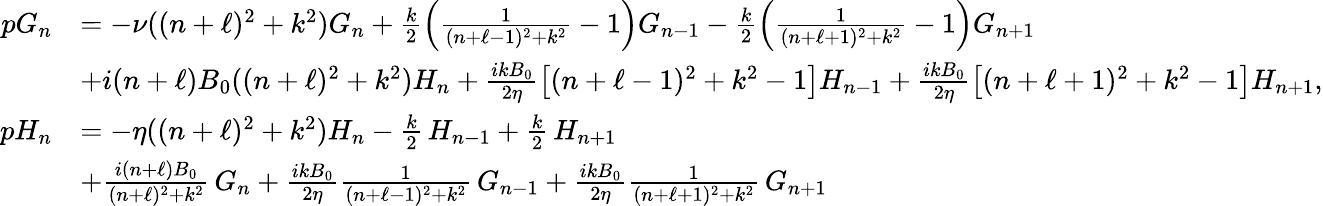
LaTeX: \begin{array}{rl}{pG_{n}}&{=-\nu((n+\ell)^{2}+k^{2})G_{n}+\frac{k}{2}\left(\frac{1}{(n+\ell-1)^{2}+k^{2}}-1\right)G_{n-1}-\frac{k}{2}\left(\frac{1}{(n+\ell+1)^{2}+k^{2}}-1\right)G_{n+1}}\\ &{+i(n+\ell)B_{0}((n+\ell)^{2}+k^{2})H_{n}+\frac{ikB_{0}}{2\eta}\bigl[(n+\ell-1)^{2}+k^{2}-1\bigr]H_{n-1}+\frac{ikB_{0}}{2\eta}\bigl[(n+\ell+1)^{2}+k^{2}-1\bigr]H_{n+1},}\\ {pH_{n}}&{=-\eta((n+\ell)^{2}+k^{2})H_{n}-\frac{k}{2}\, H_{n-1}+\frac{k}{2}\, H_{n+1}}\\ &{+\frac{i(n+\ell)B_{0}}{(n+\ell)^{2}+k^{2}}\, G_{n}+\frac{ikB_{0}}{2\eta}\frac{1}{(n+\ell-1)^{2}+k^{2}}\, G_{n-1}+\frac{ikB_{0}}{2\eta}\frac{1}{(n+\ell+1)^{2}+k^{2}}\, G_{n+1}}\end{array}